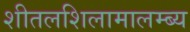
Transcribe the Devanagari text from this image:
शीतलशिलामालम्ब्य